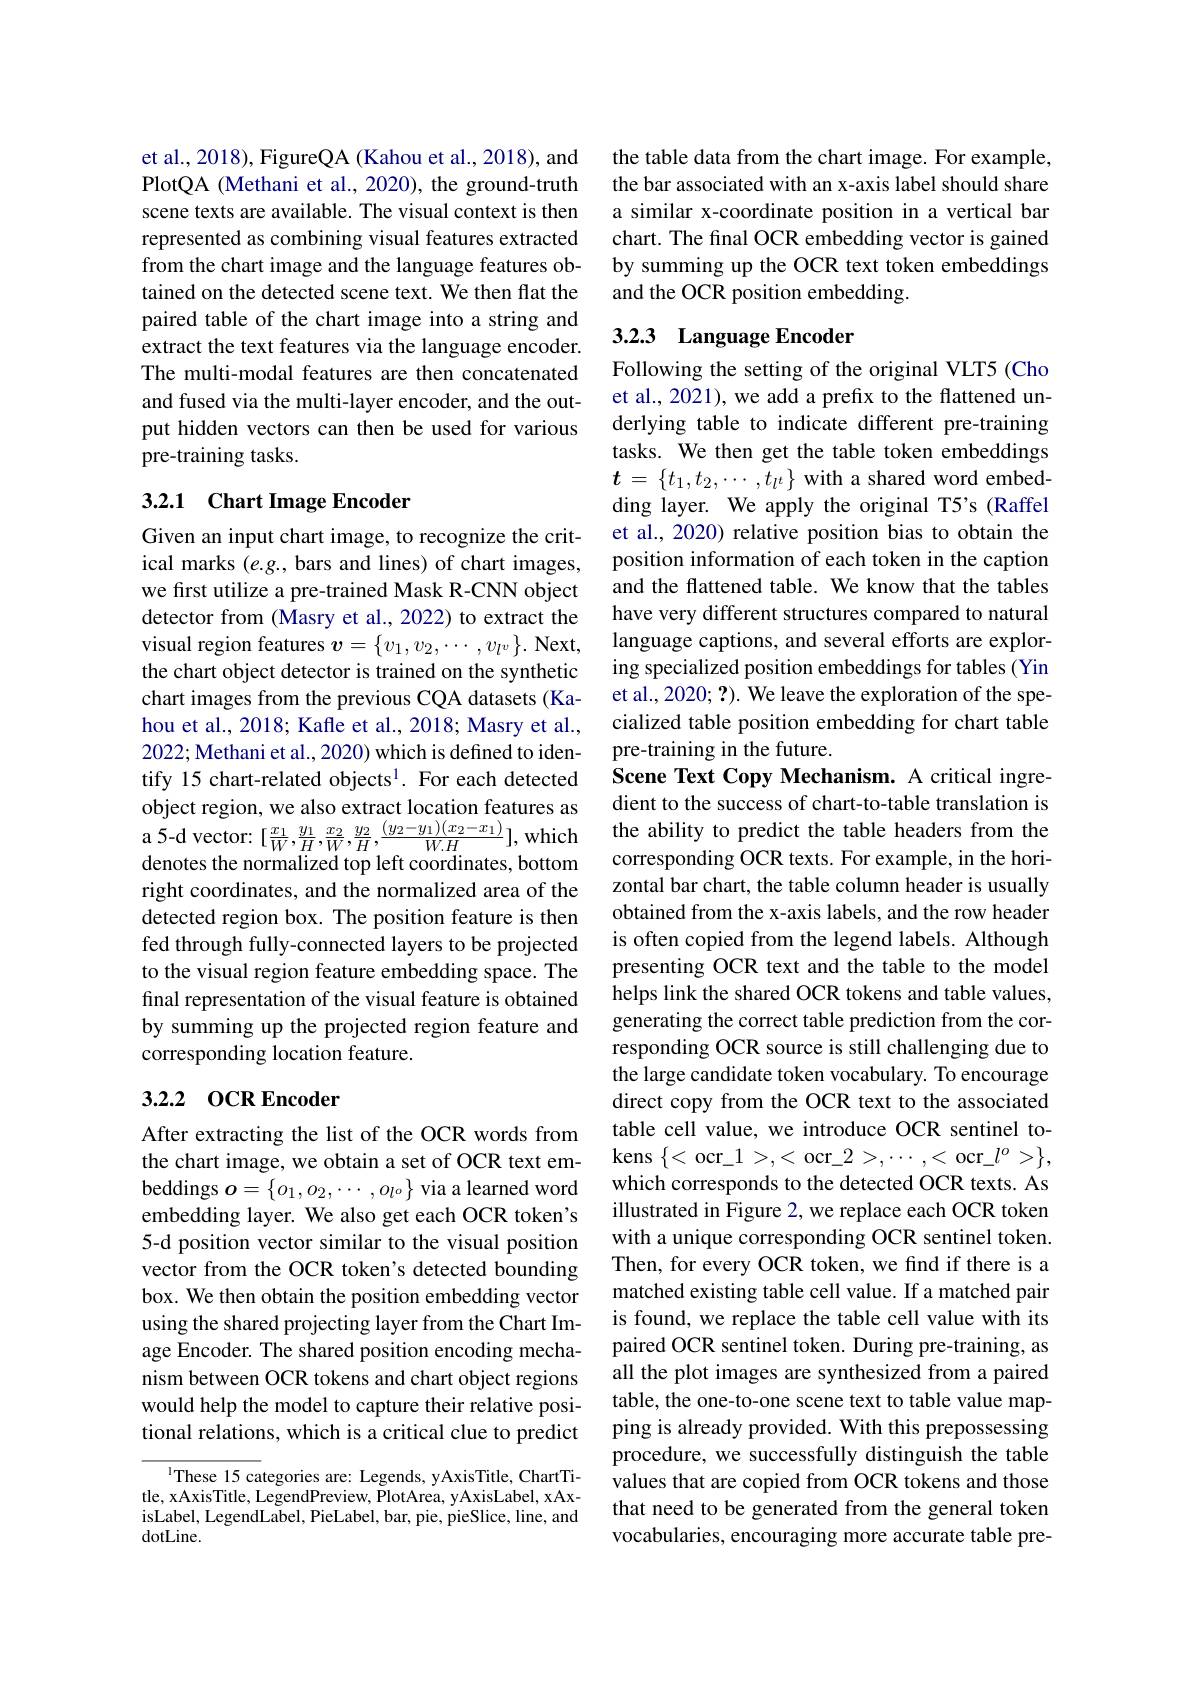
et al., 2018), FigureQA (Kahou et al., 2018), and PlotQA (Methani et al., 2020), the ground-truth scene texts are available. The visual context is then represented as combining visual features extracted from the chart image and the language features obtained on the detected scene text. We then flat the paired table of the chart image into a string and extract the text features via the language encoder. The multi-modal features are then concatenated and fused via the multi-layer encoder, and the output hidden vectors can then be used for various pre-training tasks.

## 3.2.1 Chart Image Encoder

Given an input chart image, to recognize the critical marks (e.g., bars and lines) of chart images, we first utilize a pre-trained Mask R-CNN object detector from (Masry et al., 2022) to extract the visual region features $\boldsymbol v=\{v_1,v_2,\cdots,v_{l^v}\}.$ Next, the chart object detector is trained on the synthetic chart images from the previous CQA datasets (Kahou et al., 2018; Kafle et al., 2018; Masry et al., 2022; Methani et al., 2020) which is defined to identify 15 chart-related objects$^{1}.$ For each detected object region, we also extract location features as ${\mathrm{a~5-d~vector:~}[\frac{x_{1}}{W},\frac{y_{1}}{H},\frac{x_{2}}{W},\frac{y_{2}}{H},\frac{(y_{2}-y_{1})(x_{2}-x_{1})}{W.H}],{\mathrm{which}}}$ denotes the normalized top left coordinates, bottom right coordinates, and the normalized area of the detected region box. The position feature is then fed through fully-connected layers to be projected to the visual region feature embedding space. The final representation of the visual feature is obtained by summing up the projected region feature and corresponding location feature.

## 3.2.2 OCR Encoder

After extracting the list of the OCR words from the chart image, we obtain a set of OCR text embeddings $o=\left\{o_1,o_2,\cdots,o_{l^o}\right\}$ via a learned word embedding layer. We also get each OCR token's 5-d position vector similar to the visual position vector from the OCR token's detected bounding box. We then obtain the position embedding vector using the shared projecting layer from the Chart Image Encoder. The shared position encoding mechanism between OCR tokens and chart object regions would help the model to capture their relative positional relations, which is a critical clue to predict

$^{\mathrm{l}}$These 15 categories are: Legends, yAxisTitle, ChartTitle, xAxisTitle, LegendPreview, PlotArea, yAxisLabel, xAxisLabel, LegendLabel, PieLabel, bar, pie, pieSlice, line, and ${\mathrm{dotLine.}}$

the table data from the chart image. For example, the bar associated with an x-axis label should share a similar x-coordinate position in a vertical bar chart. The final OCR embedding vector is gained by summing up the OCR text token embeddings and the OCR position embedding.

## 3.2.3 Language Encoder

Following the setting of the original VLT5 (Cho et al., 2021), we add a prefix to the flattened underlying table to indicate different pre-training tasks. We then get the table token embeddings $t=\{t_1,t_2,\cdots,t_{l^t}\}$with a shared word embedding layer. We apply the original T5's (Raffel et al., 2020) relative position bias to obtain the position information of each token in the caption and the flattened table. We know that the tables have very different structures compared to natural language captions, and several efforts are exploring specialized position embeddings for tables (Yin et al., 2020; ?). We leave the exploration of the specialized table position embedding for chart table pre-training in the future.
Scene Text Copy Mechanism. A critical ingredient to the success of chart-to-table translation is the ability to predict the table headers from the corresponding OCR texts. For example, in the horizontal bar chart, the table column header is usually obtained from the x-axis labels, and the row header is often copied from the legend labels. Although presenting OCR text and the table to the model helps link the shared OCR tokens and table values, generating the correct table prediction from the corresponding OCR source is still challenging due to the large candidate token vocabulary. To encourage direct copy from the OCR text to the associated table cell value, we introduce OCR sentinel to- $\operatorname{kens}\left\{<\mathrm{~ocr\_1}>,<\mathrm{~ocr\_2}>,\cdots,<\mathrm{~ocr\_l}^{o}>\right\}$, which corresponds to the detected OCR texts. As illustrated in Figure 2, we replace each OCR token with a unique corresponding OCR sentinel token. Then, for every OCR token, we find if there is a matched existing table cell value. If a matched pair is found, we replace the table cell value with its paired OCR sentinel token. During pre-training, as all the plot images are synthesized from a paired table, the one-to-one scene text to table value mapping is already provided. With this prepossessing procedure, we successfully distinguish the table values that are copied from OCR tokens and those that need to be generated from the general token vocabularies, encouraging more accurate table pre-